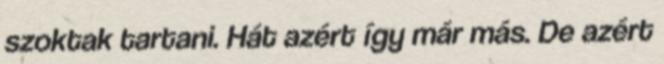
szoktak tartani. Hát azért így már más. De azért